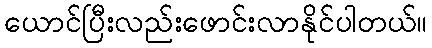
ယောင်ပြီးလည်းဖောင်းလာနိုင်ပါတယ်။